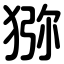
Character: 猕